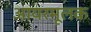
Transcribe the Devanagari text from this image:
आयरमूलक